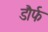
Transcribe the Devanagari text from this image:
डौर्फ